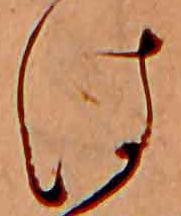
は